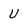
Character: U